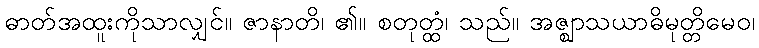
ဓာတ်အထူးကိုသာလျှင်။ ဇာနာတိ၊ ၏။ စတုတ္ထံ၊ သည်။ အဇ္ဈာသယာဓိမုတ္တိမေဝ၊